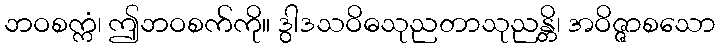
ဘဝစက္ကံ၊ ဤဘဝစက်ကို။ ဒွါဒသဝိဓသုညတာသုညန္တိ၊ အဝိဇ္ဇာစသော